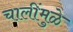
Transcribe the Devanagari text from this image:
चालींमुळे